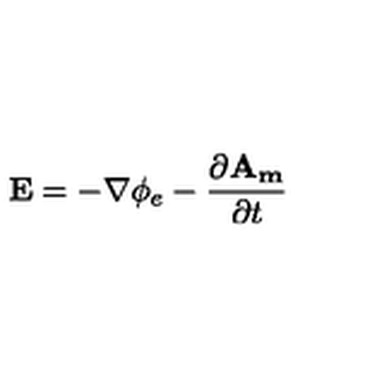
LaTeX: \mathbf { E } = - \nabla \phi _ { e } - \frac { \partial \mathbf { A _ { m } } } { \partial t }